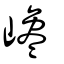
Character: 巉